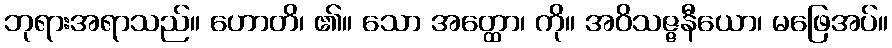
ဘုရားအရာသည်။ ဟောတိ၊ ၏။ သော အတ္ထော၊ ကို။ အဝိသဇ္ဇနီယော၊ မဖြေအပ်။